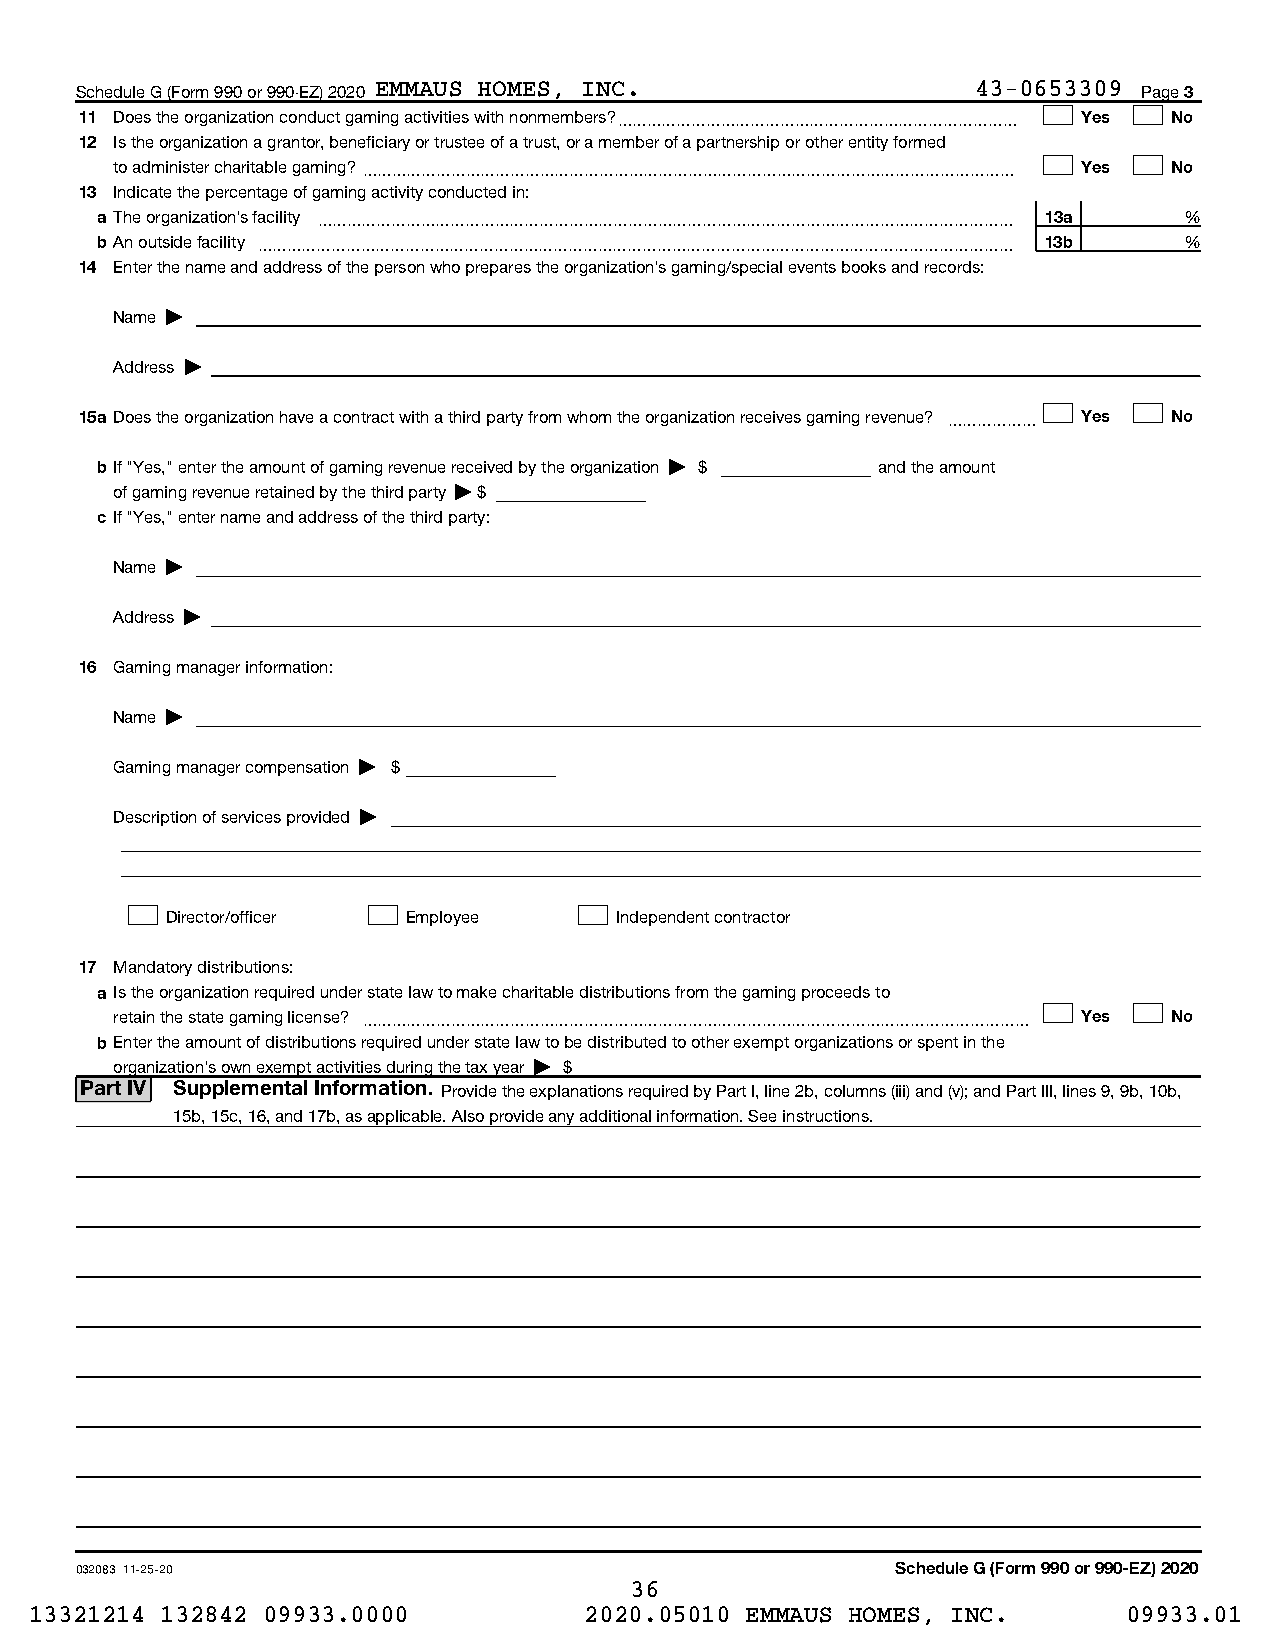
Schedule G (Form 990 or 990-EZ) 2020 EMMAUS HOMES, INC.     43-0653309 Page 3
 11 Does the organization conduct gaming activities with nonmembers?~~~~~~~~~~~~~~~~~~~~~~~~~~~ Yes No
 12 Is the organization a grantor, beneficiary or trustee of a trust, or a member of a partnership or other entity formed
 to administer charitable gaming?~~~~~~~~~~~~~~~~~~~~~~~~~~~~~~~~~~~~~~~~~~~~ Yes No
 13 Indicate the percentage of gaming activity conducted in:
 a The organization's facility ~~~~~~~~~~~~~~~~~~~~~~~~~~~~~~~~~~~~~~~~~~~~~~~ 13a %
 bAn outside facility ~~~~~~~~~~~~~~~~~~~~~~~~~~~~~~~~~~~~~~~~~~~~~~~~~~~ 13b %
 14 Enter the name and address of the person who prepares the organization's gaming/special events books and records:
 Name |
 Address |
 15a Does the organization have a contract with a third party from whom the organization receives gaming revenue? ~~~~~~ Yes No
 bIf "Yes," enter the amount of gaming revenue received by the organization | $ and the amount
 of gaming revenue retained by the third party | $
 c If "Yes," enter name and address of the third party:
 Name |
 Address |
 16 Gaming manager information:
 Name |
 Gaming manager compensation | $
 Description of services provided |
 Director/officer Employee     Independent contractor
 17 Mandatory distributions:
 a Is the organization required under state law to make charitable distributions from the gaming proceeds to
 retain the state gaming license? ~~~~~~~~~~~~~~~~~~~~~~~~~~~~~~~~~~~~~~~~~~~~~ Yes No
 bEnter the amount of distributions required under state law to be distributed to other exempt organizations or spent in the
 organization's own exempt activities during the tax year | $
 Part IV Supplemental Information. Provide the explanations required by Part I, line 2b, columns (iii) and (v); and Part III, lines 9, 9b, 10b,
 15b, 15c, 16, and 17b, as applicable. Also provide any additional information. See instructions.
 032083 11-25-20                                       Schedule G (Form 990 or 990-EZ) 2020
 36
 13321214 132842 09933.0000           2020.05010 EMMAUS HOMES, INC.       09933.01